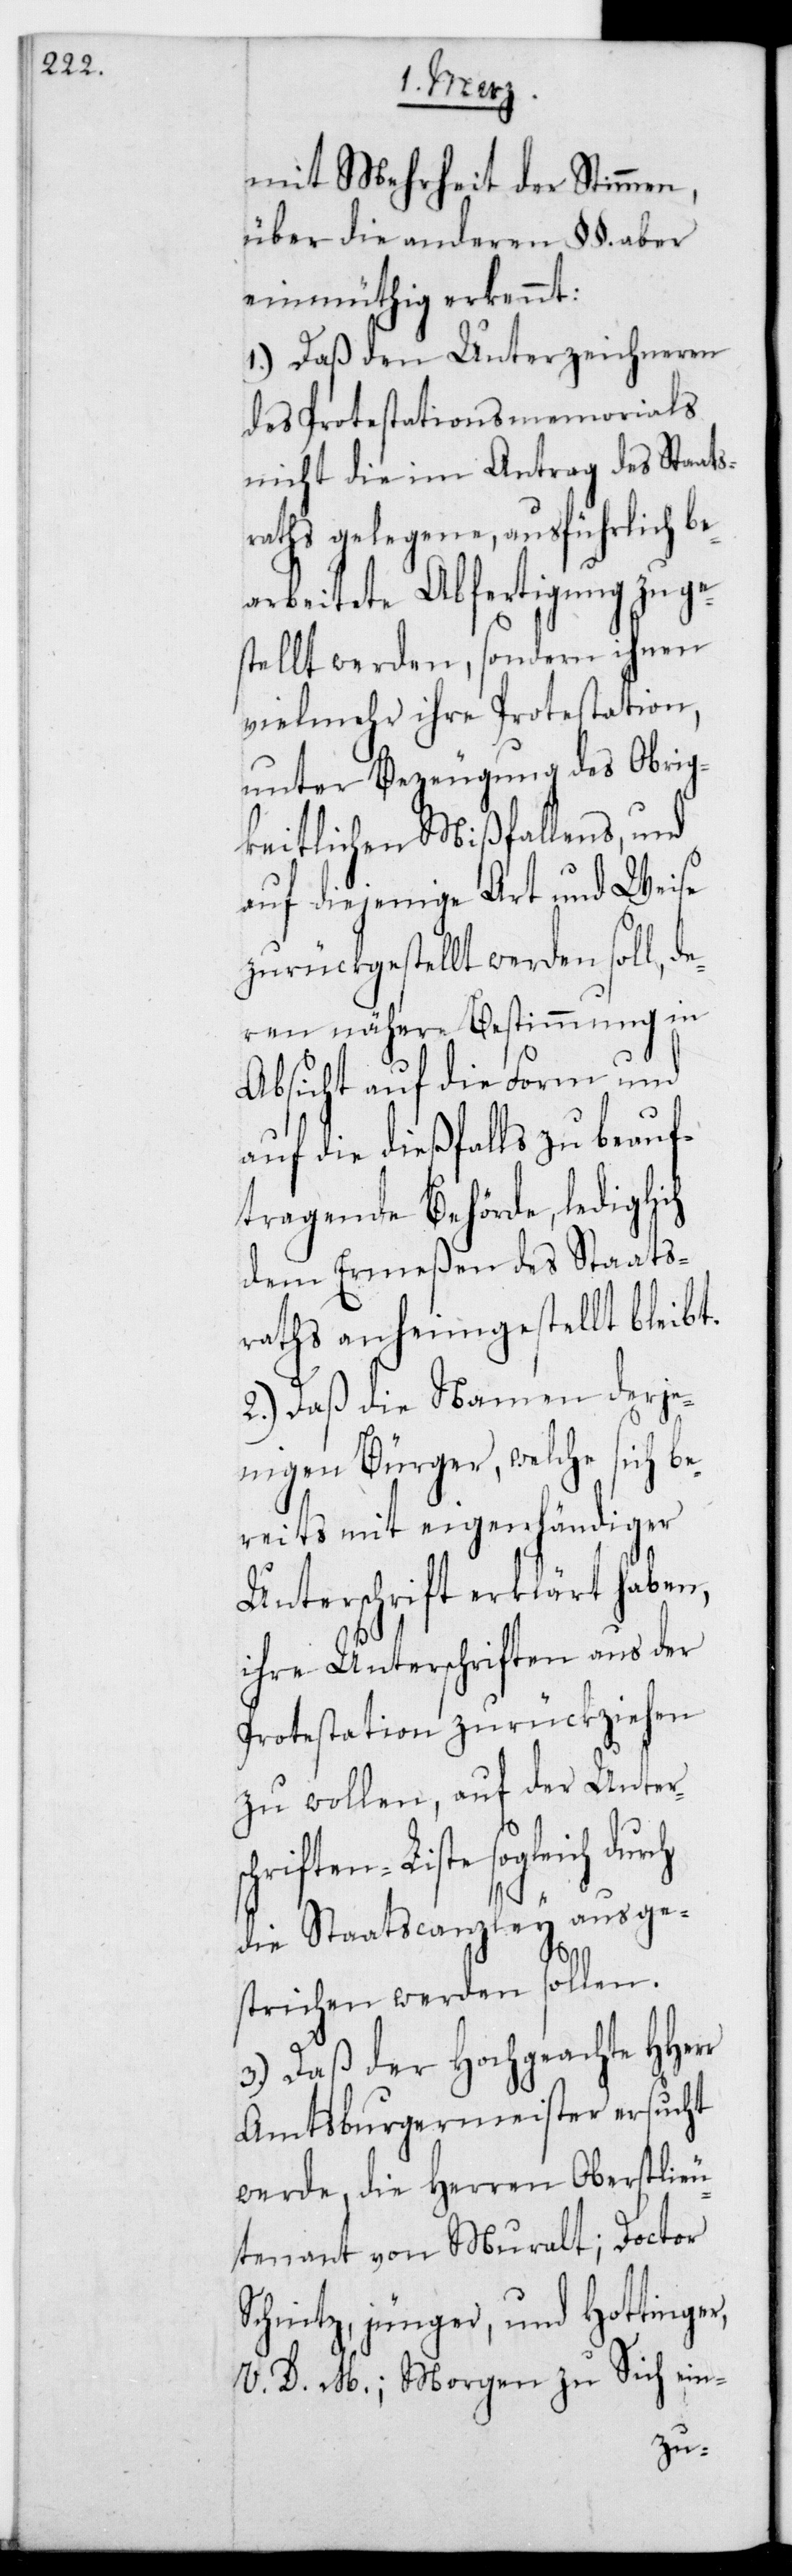
mit Mehrheit der Stimmen
über die anderen §§. aber
einmüthig erkennt:
1.) Daß den Unterzeichneren
des Protestations-Memorials
nicht die im Antrag des Staats¬
raths gelegene, ausführlich be¬
arbeitete Abfertigung zuge¬
stellt werden, sondern ihnen
vielmehr ihre Protestation,
unter Bezeugung des Obrig¬
keitlichen Mißfallens, und
auf diejenige Art und Weise
zurückgestellt werden soll, d¬
eren nähere Bestimmung in
Absicht auf die Form und
auf die dießfalls zu beauf¬
tragende Behörde, lediglich
dem Ermeßen des Staats¬
raths anheimgestellt bleibt.
2.) Daß die Namen derje¬
nigen Bürger, welche sich be¬
reits mit eigenhändiger
Unterschrift erklärt haben,
ihre Unterschriften aus der
Protestation zurückziehen
zu wollen, auf der Unters¬
chriften-Liste sogleich
die Staatscanzley ausge¬
r
strichen werden sollen.
3.) Daß der Hochgeachte HHer¬
Amtsburgermeister ersucht
werde, die Herren Oberstlieu¬
tenant von Muralt, Doctor
Schintz jünger, und Hottiner
V.D. M., Morgen zu Sich ein-